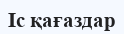
Іс қағаздар